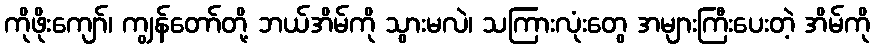
ကိုဖိုးကျော်၊ ကျွန်တော်တို့ ဘယ်အိမ်ကို သွားမလဲ၊ သကြားလုံးတွေ အများကြီးပေးတဲ့ အိမ်ကို